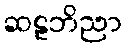
ဆဠဘိညာ